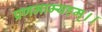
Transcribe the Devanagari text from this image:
प्रणमाम्यहम्।।